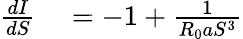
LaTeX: \begin{array}{rl}{\frac{dI}{dS}}&{{}=-1+\frac{1}{R_{0}aS^{3}}}\end{array}